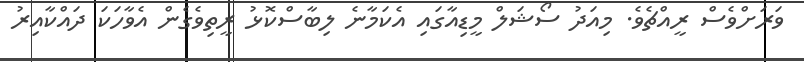
ވަރަށްވެސް ރީއްޗެވެ. މިއަދު ސޯޝަލް މީޑިއާގައި އެކަމާނެ ލިބާސްކޮޅު ރީތިވެގެން އެވާހަކަ ދައްކާއިރު